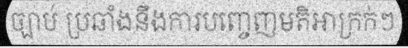
ច្បាប់ ប្រឆាំងនឹងការបញ្ចេញមតិអាក្រក់ៗ